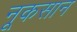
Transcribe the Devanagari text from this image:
नूकसान